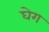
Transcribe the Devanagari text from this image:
घेग